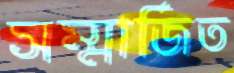
সম্মার্জিত